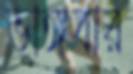
ভাঙ্গবার